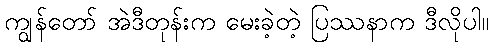
ကျွန်တော် အဲဒီတုန်းက မေးခဲ့တဲ့ ပြဿနာက ဒီလိုပါ။